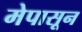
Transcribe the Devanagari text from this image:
मेपासून